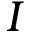
I